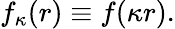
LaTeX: f_{\kappa}(r)\equiv f(\kappa r).